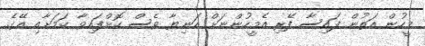
މީހުން އަތުން ފައިސާ ފޭރި އެމީހުންނަށް އަނިޔާ ވެސް ކޮށްފައިވާ ކަމަށާއި އޭގެ